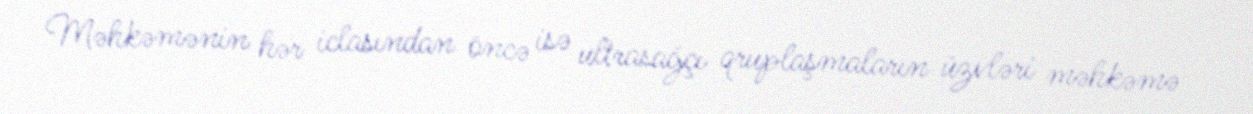
Məhkəmənin hər iclasından öncə isə ultrasağçı qruplaşmaların üzvləri məhkəmə